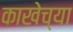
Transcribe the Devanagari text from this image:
काखेच्या